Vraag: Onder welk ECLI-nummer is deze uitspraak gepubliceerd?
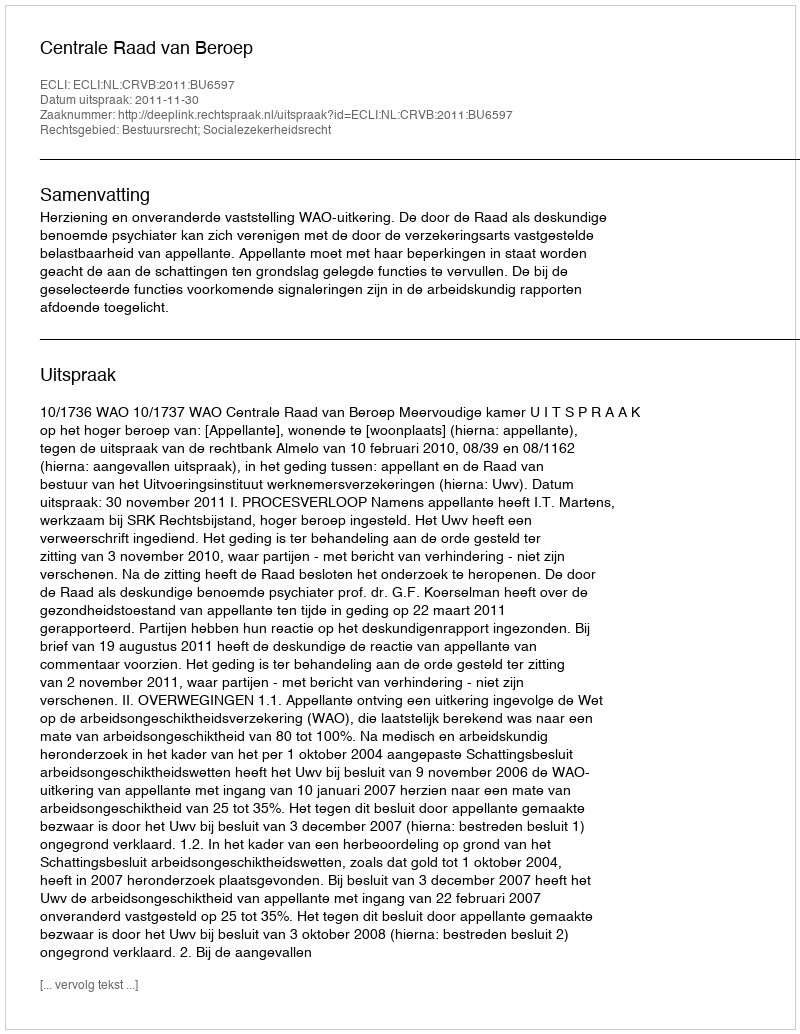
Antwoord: ECLI:NL:CRVB:2011:BU6597